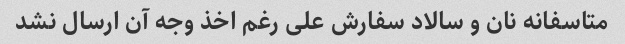
متاسفانه نان و سالاد سفارش علی رغم اخذ وجه آن ارسال نشد